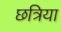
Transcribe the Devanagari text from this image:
छत्रिया